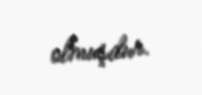
olmuşdur.